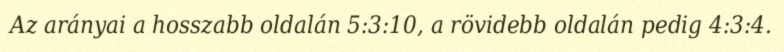
Az arányai a hosszabb oldalán 5:3:10, a rövidebb oldalán pedig 4:3:4.